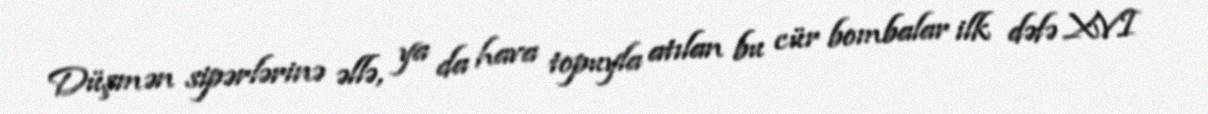
Düşmən sipərlərinə əllə, ya da hava topuyla atılan bu cür bombalar ilk dəfə XVI